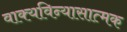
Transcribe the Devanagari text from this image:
वाक्यविन्यासात्मक